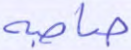
صاحبه